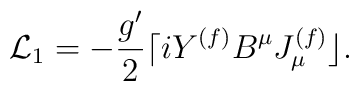
{\cal L}_{1}=-\frac{g^{\prime }}{2}\lceil iY^{(f)}B^{\mu }J_{\mu}^{(f)}\rfloor .